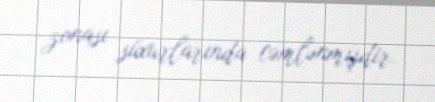
zonası süxurlarında cəmlənmişdir.